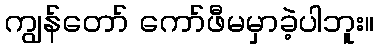
ကျွန်တော် ကော်ဖီမမှာခဲ့ပါဘူး။